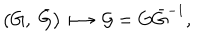
\left( G , \ \bar { G } \right) \longmapsto { \cal G } = G \bar { G } ^ { - 1 } ,